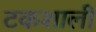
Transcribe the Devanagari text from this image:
टकशाली